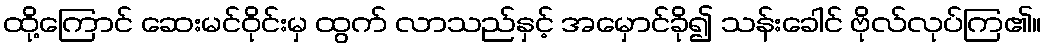
ထို့ကြောင် ဆေးမင်ဝိုင်းမှ ထွက် လာသည်နှင့် အမှောင်ခို၍ သန်းခေါင် ဗိုလ်လုပ်ကြ၏။